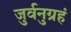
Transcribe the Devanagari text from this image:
जुर्वनुग्रहं